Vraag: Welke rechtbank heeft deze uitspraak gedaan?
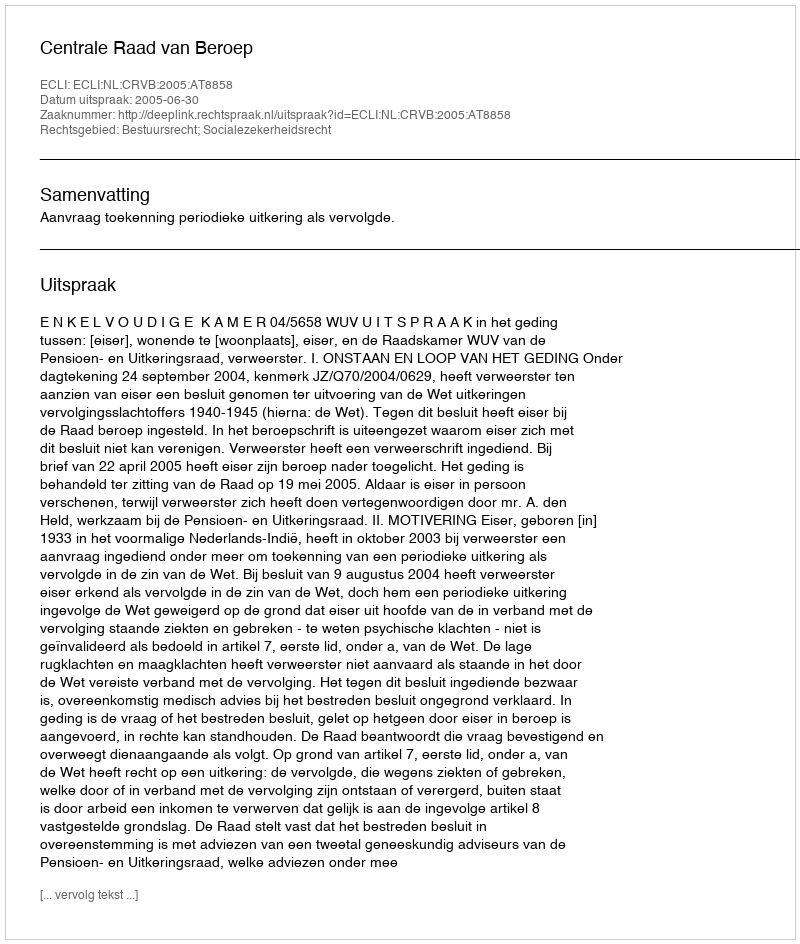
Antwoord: Centrale Raad van Beroep